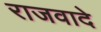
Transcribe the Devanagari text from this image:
राजवादे